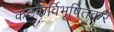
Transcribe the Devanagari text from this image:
कटकैर्विभूषितकरं